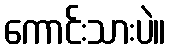
ကောင်းသားပဲ။